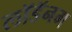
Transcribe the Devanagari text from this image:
लॉडॅनम